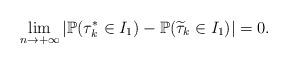
LaTeX: \begin{align*}\lim_{n\to+\infty}|\mathbb P(\tau_k^*\in I_1)-\mathbb P(\widetilde{\tau}_k\in I_1)|=0.\end{align*}